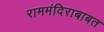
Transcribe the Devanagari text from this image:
राममंदिराबाबत